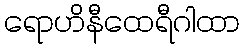
ရောဟိနီထေရီဂါထာ